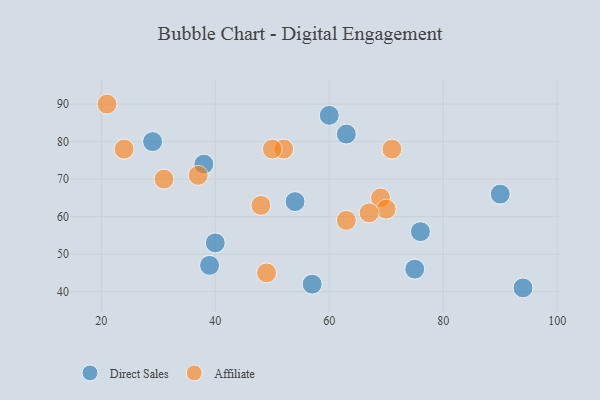
{"axis": {"x": "GDP", "y": "Life Expectancy"}, "legend": ["Affiliate", "Direct Sales"], "data": [{"x": "39", "y": 47, "type": "Direct Sales"}, {"x": "38", "y": 74, "type": "Direct Sales"}, {"x": "90", "y": 66, "type": "Direct Sales"}, {"x": "54", "y": 64, "type": "Direct Sales"}, {"x": "57", "y": 42, "type": "Direct Sales"}, {"x": "94", "y": 41, "type": "Direct Sales"}, {"x": "29", "y": 80, "type": "Direct Sales"}, {"x": "75", "y": 46, "type": "Direct Sales"}, {"x": "40", "y": 53, "type": "Direct Sales"}, {"x": "63", "y": 82, "type": "Direct Sales"}, {"x": "76", "y": 56, "type": "Direct Sales"}, {"x": "60", "y": 87, "type": "Direct Sales"}, {"x": "52", "y": 78, "type": "Affiliate"}, {"x": "69", "y": 65, "type": "Affiliate"}, {"x": "48", "y": 63, "type": "Affiliate"}, {"x": "24", "y": 78, "type": "Affiliate"}, {"x": "70", "y": 62, "type": "Affiliate"}, {"x": "31", "y": 70, "type": "Affiliate"}, {"x": "63", "y": 59, "type": "Affiliate"}, {"x": "67", "y": 61, "type": "Affiliate"}, {"x": "71", "y": 78, "type": "Affiliate"}, {"x": "49", "y": 45, "type": "Affiliate"}, {"x": "50", "y": 78, "type": "Affiliate"}, {"x": "21", "y": 90, "type": "Affiliate"}, {"x": "37", "y": 71, "type": "Affiliate"}]}